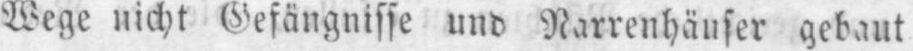
Wege nicht Gefängnisse und Narrenhäuser gebaut